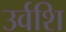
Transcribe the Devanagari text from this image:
उर्वशि